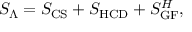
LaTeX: S _ { \Lambda } = S _ { \mathrm { C S } } + S _ { \mathrm { H C D } } + S _ { \mathrm { G F } } ^ { H } ,